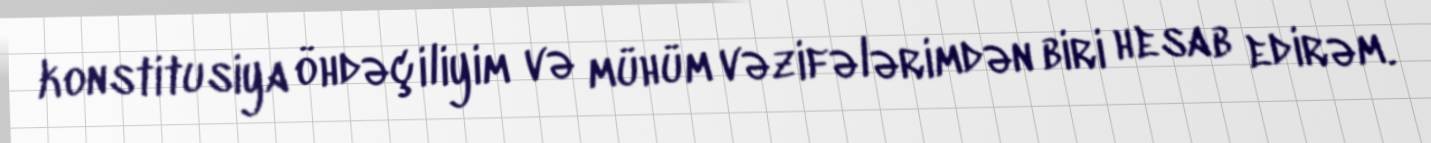
konstitusiya öhdəçiliyim və mühüm vəzifələrimdən biri hesab edirəm.